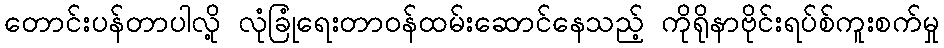
တောင်းပန်တာပါလို့ လုံခြုံရေးတာဝန်ထမ်းဆောင်နေသည့် ကိုရိုနာဗိုင်းရပ်စ်ကူးစက်မှု